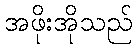
အဖိုးအိုသည်